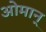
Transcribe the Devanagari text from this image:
ओमान्